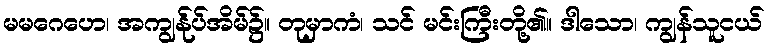
မမဂေဟေ၊ အကျွန်ုပ်အိမ်၌။ တုမှာကံ၊ သင် မင်းကြီးတို့၏။ ဒါသော၊ ကျွန်သူငယ်